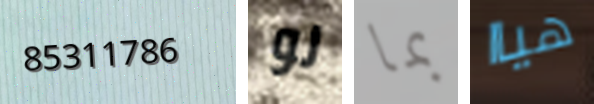
85311786 لو بما هياا